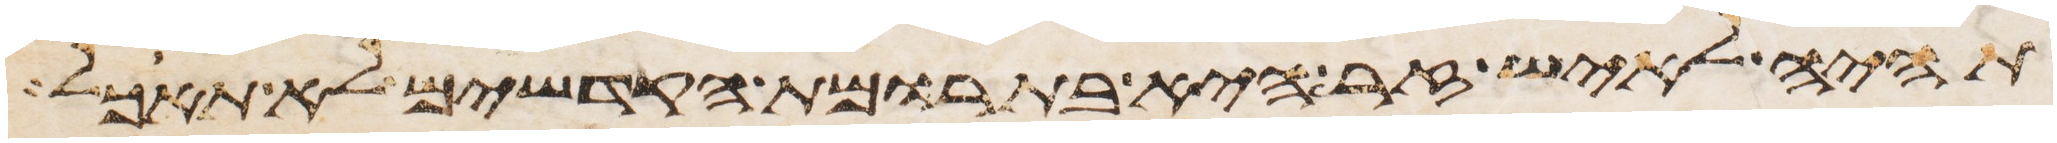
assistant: תהיה לאיש זר היא בתרומת הקדשים לא תאכל